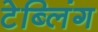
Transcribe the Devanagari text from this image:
टेब्लिंग